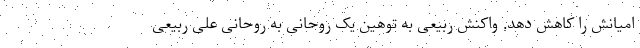
امیانش را کاهش دهد. واکنش ربیعی به توهین یک روحانی به روحانی علی ربیعی